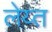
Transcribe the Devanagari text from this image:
लेय्त